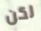
لكن